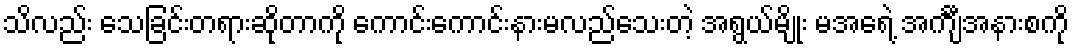
သိလည်း သေခြင်းတရားဆိုတာကို ကောင်းကောင်းနားမလည်သေးတဲ့ အရွယ်မျိုး မအေရဲ့ အင်္ကျီအနားစကို